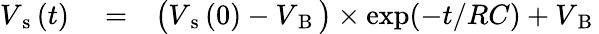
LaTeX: \begin{array}{rlr}{V_{\mathrm{~s~}}(t)}&{{}=}&{\big(V_{\mathrm{~s~}}(0)-V_{\mathrm{~B~}}\big)\times\exp(-t/RC)+V_{\mathrm{~B~}}}\end{array}